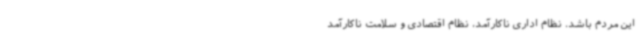
این مردم باشد. نظام اداری ناکارآمد، نظام اقتصادی و سلامت ناکارآمد